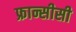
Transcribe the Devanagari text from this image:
फ्रान्सीसी